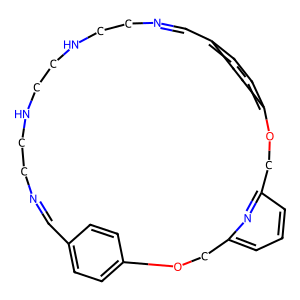
SMILES: C1=NCCNCCNCCN=Cc2ccc(cc2)OCc2cccc(n2)COc2ccc1cc2
Inhibits HIV replication: No